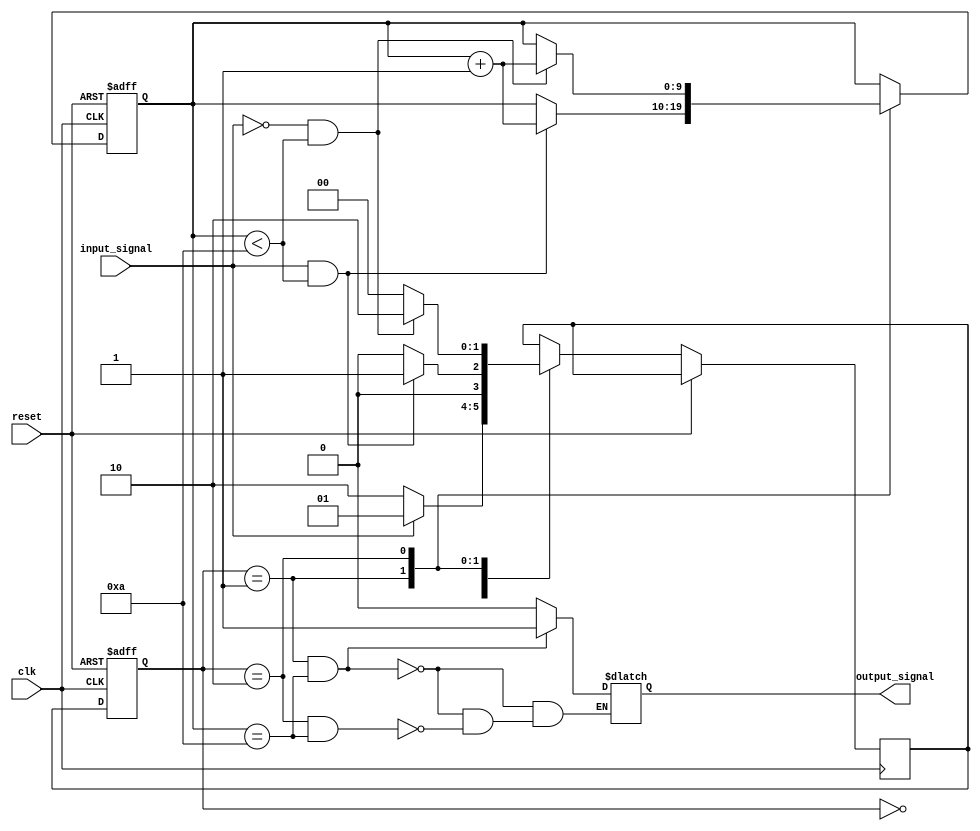
module debounce_circuit (
    input wire clk,
    input wire reset,
    input wire input_signal,
    output reg output_signal
);

// Debounce circuit parameters
parameter debounce_cycles = 10;

// Debounce circuit state machine states
parameter IDLE = 2'b00;
parameter CHECK_HIGH = 2'b01;
parameter CHECK_LOW = 2'b10;

// Debounce circuit registers and counters
reg [1:0] state, next_state;
reg [debounce_cycles-1:0] debounce_counter;

always @ (posedge clk or posedge reset) begin
    if (reset) begin
        state <= IDLE;
        debounce_counter <= 0;
    end else begin
        state <= next_state;
        case (state)
            IDLE: begin
                if (input_signal) begin
                    next_state = CHECK_HIGH;
                end else begin
                    next_state = CHECK_LOW;
                end
            end
            CHECK_HIGH: begin
                if (input_signal && debounce_counter < debounce_cycles) begin
                    debounce_counter <= debounce_counter + 1;
                    next_state = CHECK_HIGH;
                end else begin
                    next_state = IDLE;
                end
            end
            CHECK_LOW: begin
                if (!input_signal && debounce_counter < debounce_cycles) begin
                    debounce_counter <= debounce_counter + 1;
                    next_state = CHECK_LOW;
                end else begin
                    next_state = IDLE;
                end
            end
        endcase
    end
end

always @ (*) begin
    if (state == CHECK_HIGH && debounce_counter == debounce_cycles) begin
        output_signal = 1;
    end else if (state == CHECK_LOW && debounce_counter == debounce_cycles) begin
        output_signal = 0;
    end
end

endmodule